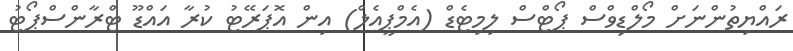
ރައްޔިތުންނަށް މޯލްޑިވްސް ޕޯޓްސް ލިމިޓެޑް (އެމްޕީއެލް) އިން އޮޕަރޭޓު ކުރާ އައްޑޫ ޓްރާންސްޕޯޓު